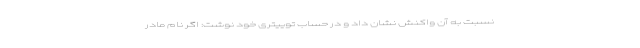
نسبت به آن واکنش نشان داد و در حساب توییتری خود نوشت: اگر نام مادر